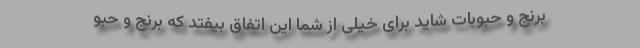
برنج و حبوبات شاید برای خیلی از شما این اتفاق بیفتد که برنج و حبو